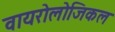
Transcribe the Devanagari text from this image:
वायरोलोजिकल